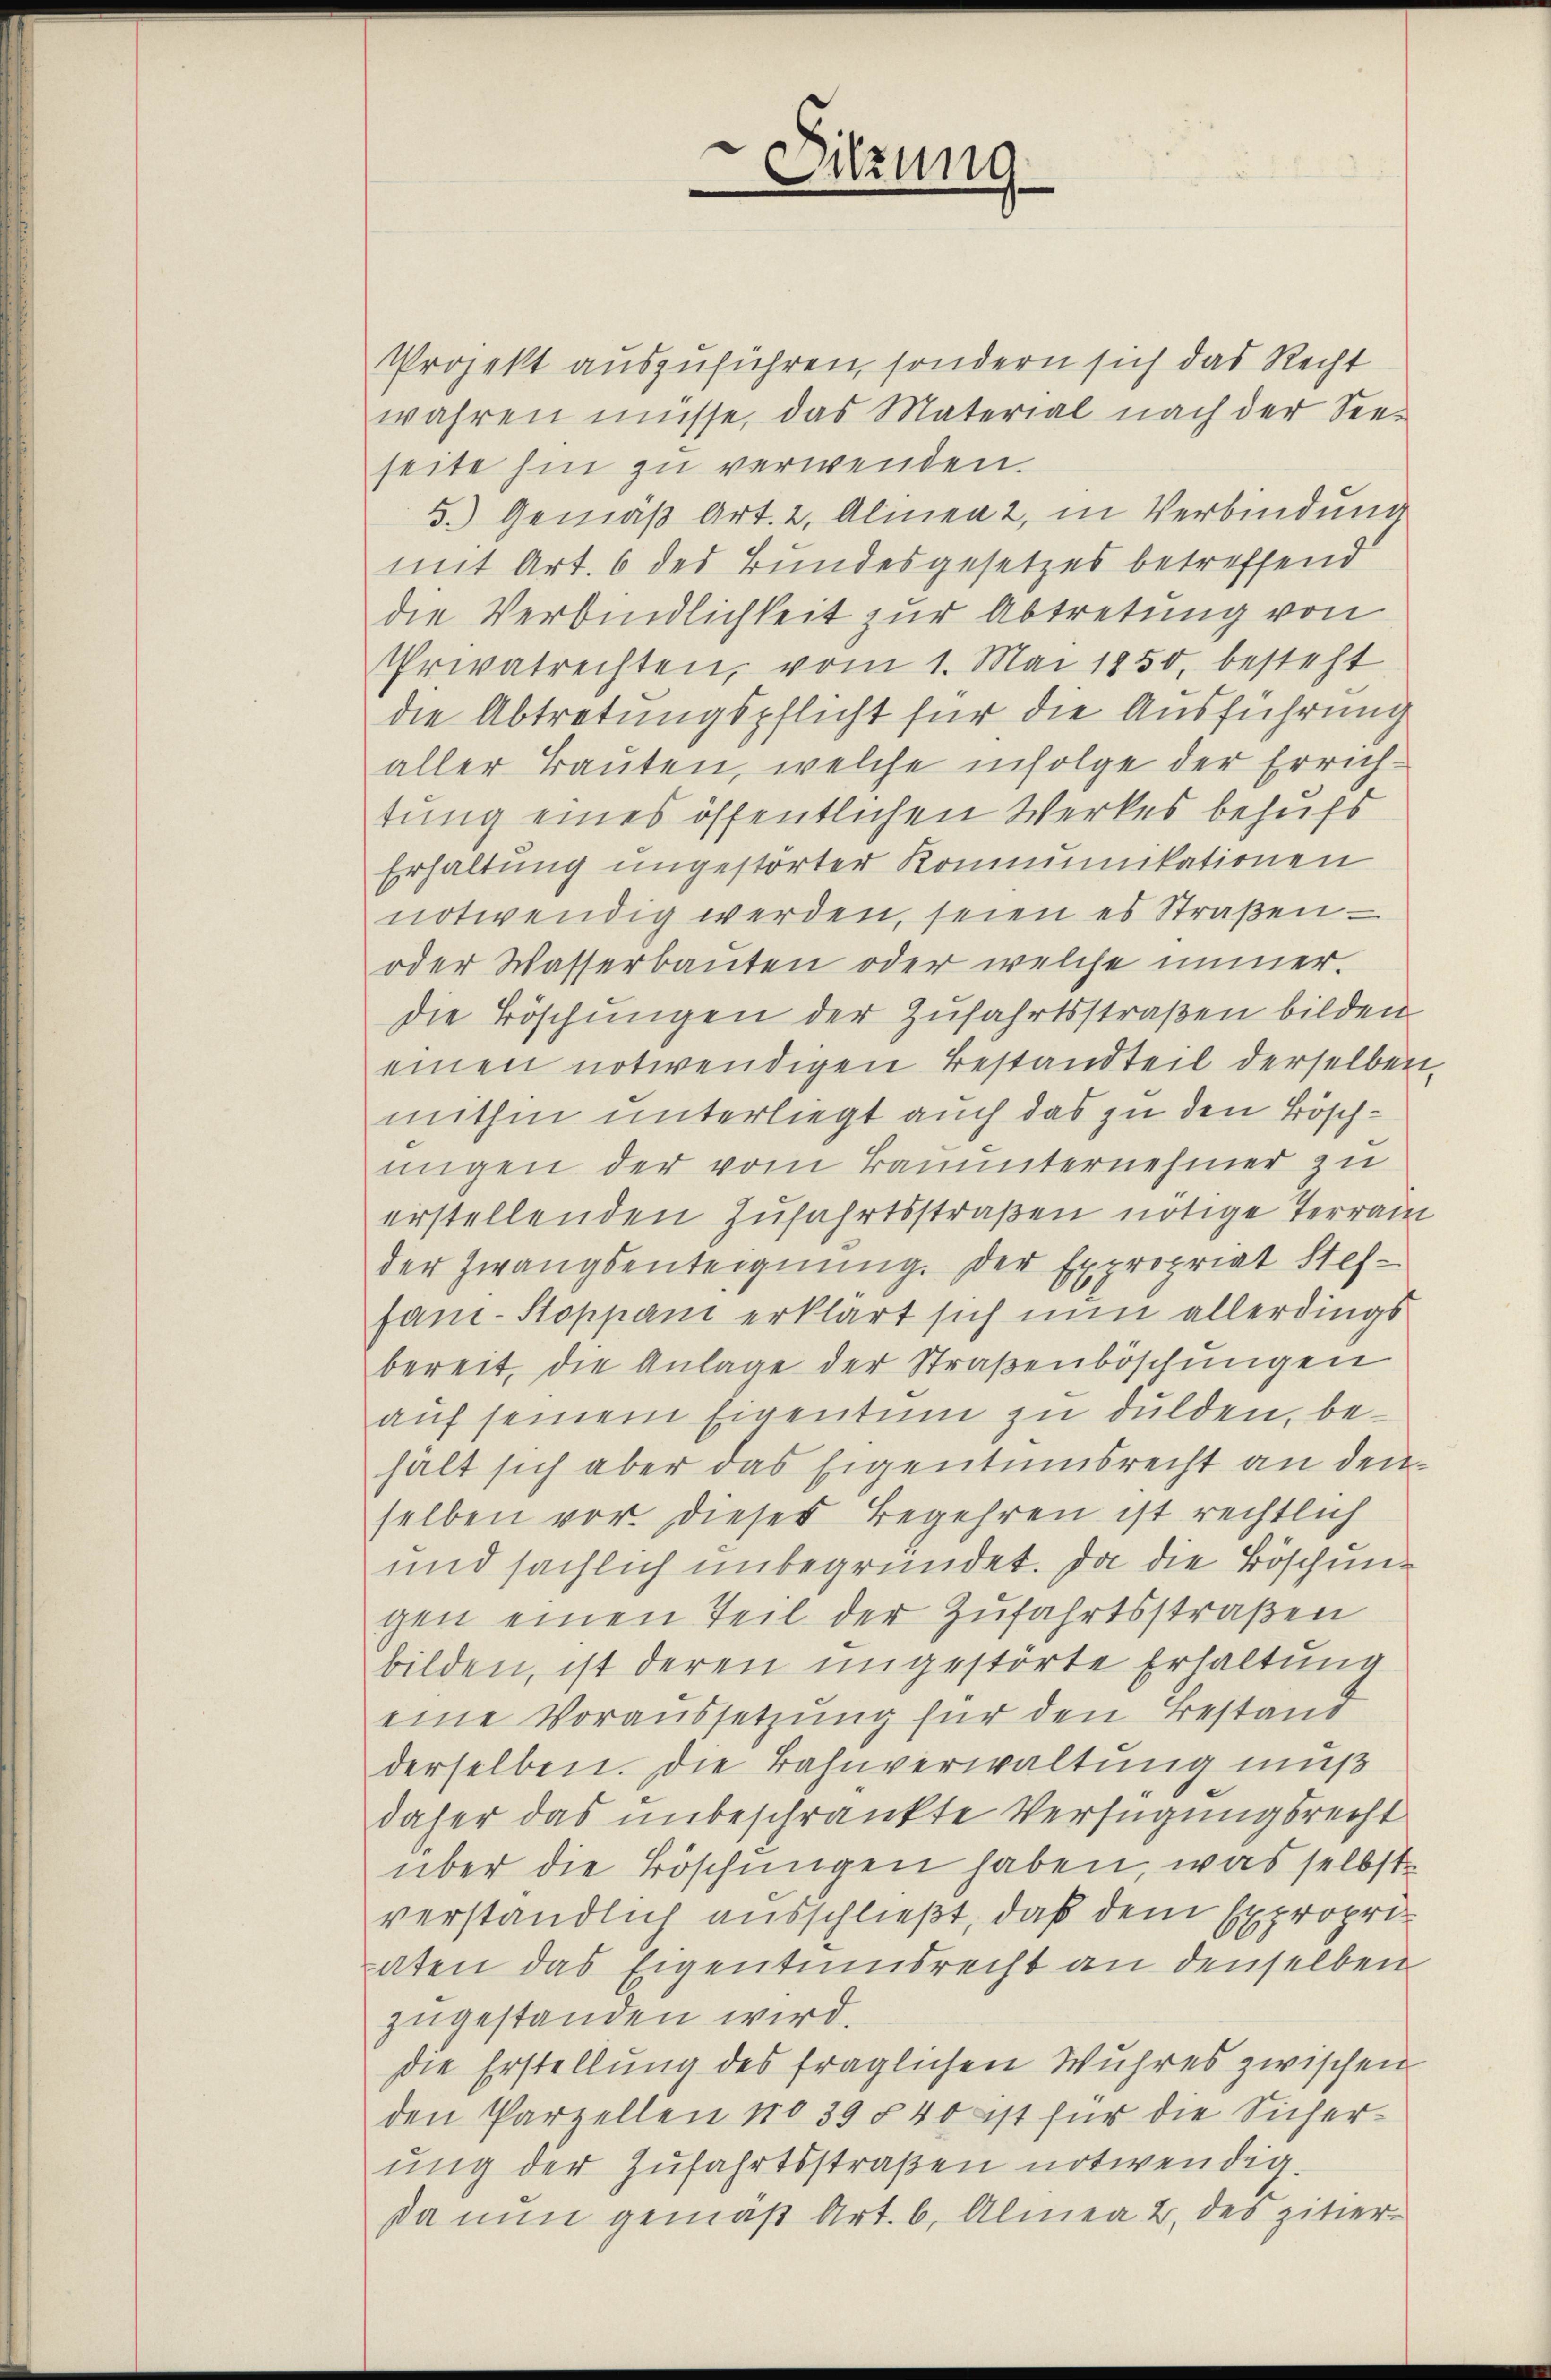
Sitzung
.

Projekt auszuführen, sondern sich das Recht
wahren müsse, das Material nach der See-
seite hin zu verwenden.
5.) Gemäß Art. 2, Alinea 2, in Verbindung
mit Art. 6 des Bundesgesetzes betreffend
die Verbindlichkeit zur Abtretung von
Privatrechten, vom 1. Mai 1850, besteht
die Abtretungspflicht für die Ausführung
aller Bauten, welche infolge der Errichtung eines öffentlichen Werkes behufs
Erhaltung ungestörter Kommunikationen
notwendig werden, seien es Straßen –
oder Wasserbaŭten oder welche immer.
die Böschungen der Zufahrtsstraßen bilden
einen notwendigen Bestandteil derselben,
mithin unterliegt auch das zu den Böschungen der vom Bauunternehmer zu
erstellenden Zufahrtsstraßen nötige Terrain
der Zwangsenteignung. Der Expropriat Stef-
fan-Stoppani erklärt sich nun allerdings
bereit, die Anlage der Straßenböschungen
auf seinem Eigentum zu dulden, behält sich aber das Eigentumsrecht an den
selben vor. dieses Begehren ist rechtlich
und sächlich unbegründet. Da die Böschungen einen Teil der Zufahrtsstraßen
bilden, ist deren ungestörte Erhaltung
eine Voraussetzung für den Bestand
derselben. Die Bahnverwaltung muß
daher das unbeschränkte Verfügungsrecht
über die Böschungen haben, was selbst
verständlich ausschließt, daß dem Expropriaten das Eigentumsrecht an denselben
zugestanden wird.
die Erstellung des fraglichen Wuhres zwischen
den Parzellen No 39 § 40 ist für die Sicherung der Zufahrtsstraßen notwendig.
Da nun gemäß Art. b. Almea 2. des zitier¬